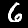
Label: 6